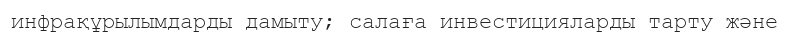
инфрақұрылымдарды дамыту; салаға инвестицияларды тарту және